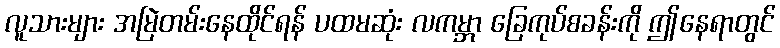
လူသားများ အမြဲတမ်းနေထိုင်ရန် ပထမဆုံး လကမ္ဘာ ခြေကုပ်စခန်းကို ဤနေရာတွင်